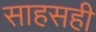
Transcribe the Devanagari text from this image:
साहसही